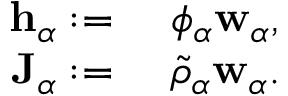
\begin{array} { r l } { \mathbf { h } _ { \alpha } : = } & { { } ~ \phi _ { \alpha } \mathbf { w } _ { \alpha } , } \\ { \mathbf { J } _ { \alpha } : = } & { { } ~ \tilde { \rho } _ { \alpha } \mathbf { w } _ { \alpha } . } \end{array}